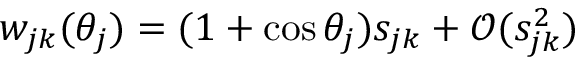
w _ { j k } ( \theta _ { j } ) = ( 1 + \cos \theta _ { j } ) s _ { j k } + \mathcal O ( s _ { j k } ^ { 2 } )